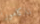
ناكامورا